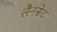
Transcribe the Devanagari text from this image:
लैनसेट